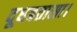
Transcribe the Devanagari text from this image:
दूधबतासा।